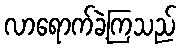
လာရောက်ခဲ့ကြသည်